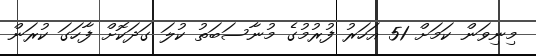
މިނިވަން ކަމަށް 51 އަހަރު ފުރުމުގެ މުނާސަބަތު ކުލަ ގަދަކޮށް ފާހަގަ ކުރަން